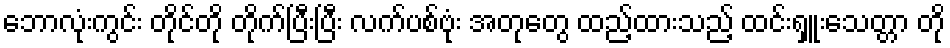
ဘောလုံးကွင်း တိုင်တို တိုက်ပြီးပြီး လက်ပစ်ဗုံး အတုတွေ ထည့်ထားသည့် ထင်းရှူးသေတ္တာ တို